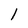
Character: 1